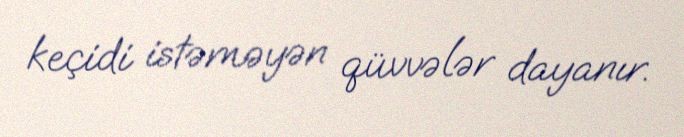
keçidi istəməyən qüvvələr dayanır.